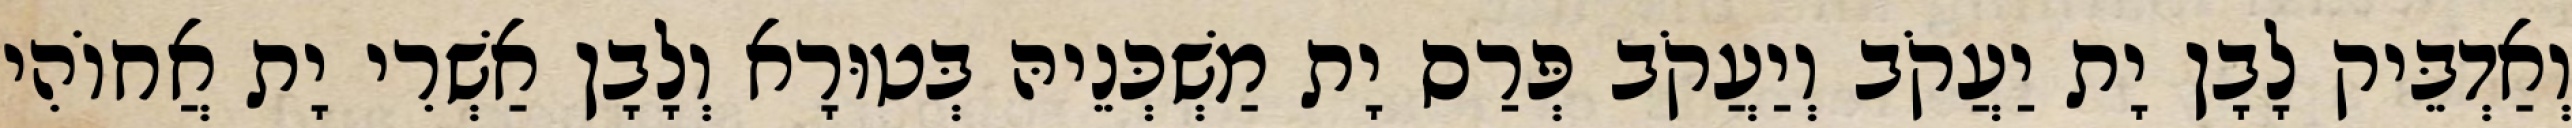
וְאַדְבֵּיק לָבָן יָת יַעֲקֹב וְיַעֲקֹב פְּרַס יָת מַשְׁכְּנֵיהּ בְּטוּרָא וְלָבָן אַשְׁרִי יָת אֲחוֹהִי